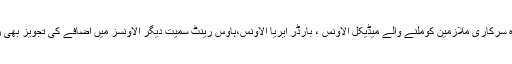
اس کے علاوہ سرکاری ملازمین کوملنے والے میڈیکل الاؤنس ، بارڈر ایریا الاؤنس،ہاؤس رینٹ سمیت دیگر الاؤنسز میں اضافے کی تجویز بھی زیر غور ہے۔